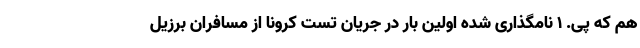
هم که پی. ۱ نامگذاری شده اولین بار در جریان تست کرونا از مسافران برزیل